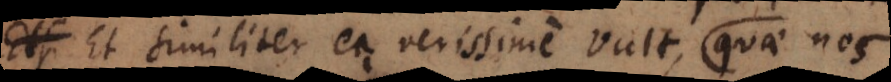
Et vicissim ea verissime vult, quae nos